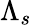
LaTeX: \Lambda_{s}